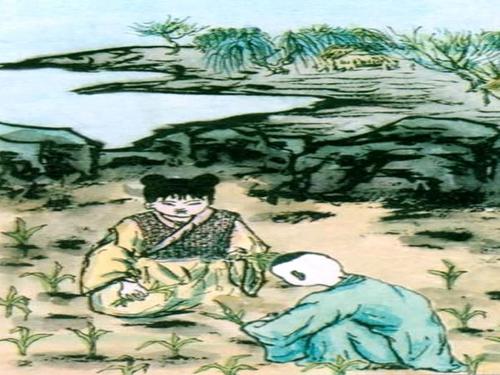
童孙未解供耕织，也傍桑阴学种瓜。